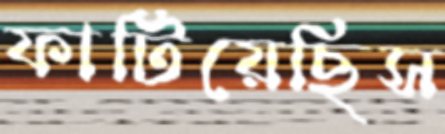
ফাটিয়েছিস